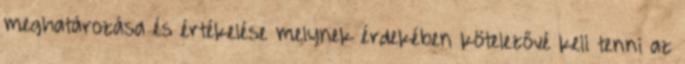
meghatározása és értékelése melynek érdekében kötelezővé kell tenni az